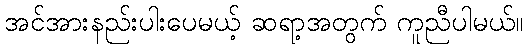
အင်အားနည်းပါးပေမယ့် ဆရာ့အတွက် ကူညီပါမယ်။